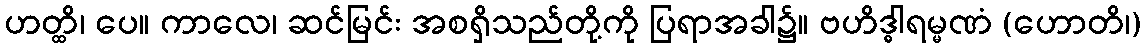
ဟတ္ထိ၊ ပေ။ ကာလေ၊ ဆင်မြင်း အစရှိသည်တို့ကို ပြရာအခါ၌။ ဗဟိဒ္ဓါရမ္မဏံ (ဟောတိ၊)